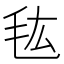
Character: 𰚐